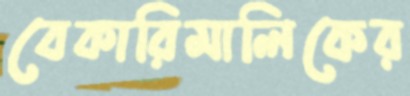
বেকারিমালিকের